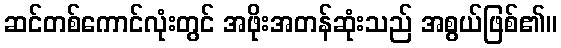
ဆင်တစ်ကောင်လုံးတွင် အဖိုးအတန်ဆုံးသည် အစွယ်ဖြစ်၏။